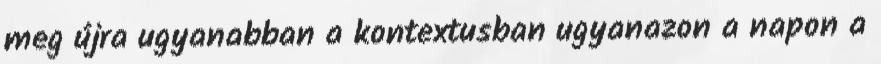
meg újra ugyanabban a kontextusban ugyanazon a napon a